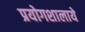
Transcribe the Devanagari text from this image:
प्रयोगशालाये